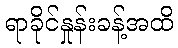
ရာခိုင်နှုန်းခန့်အထိ